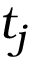
t _ { j }